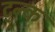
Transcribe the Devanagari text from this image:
ट्र्न्क